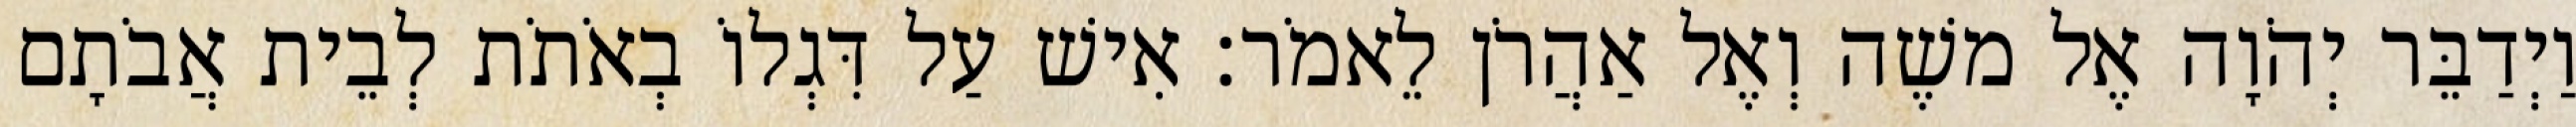
וַיְדַבֵּר יְהֹוָה אֶל משֶׁה וְאֶל אַהֲרֹן לֵאמֹר׃ אִישׁ עַל דִּגְלוֹ בְאֹתֹת לְבֵית אֲבֹתָם